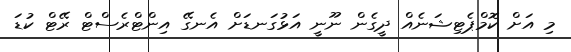
މި އަށް ކޮމްޕެޓިޝަނެއް ދީގެން ނޫނީ އަޅުގަނޑަށް އެނގޭ އިންޓްރެސްޓް ރޭޓް ކުޑަ